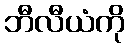
ဘီလီယံကို